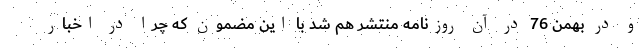
و در بهمن 76 در آن روزنامه منتشر هم شد با این مضمون که چرا در اخبار